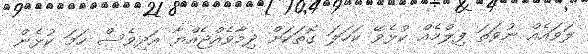
ލަވައެއް ނުވަތަ ފިލްމެއް ކުޅެވޭ ކަހަލަ ގޮތަަކަށް ދިމާވެއްޖެއްޔާ އަދިވެސް ހަމަ ކުޅެން